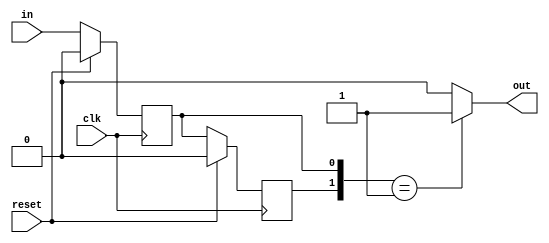
`define M     97          // M is the degree of the irreducible polynomial
`define WIDTH (2*`M-1)    // width for a GF(3^M) element
`define W2    (4*`M-1)    // width for a GF(3^{2*M}) element
`define W3    (6*`M-1)    // width for a GF(3^{3*M}) element
`define W6    (12*`M-1)   // width for a GF(3^{6*M}) element
`define PX    196'h4000000000000000000000000000000000000000001000002 // PX is the irreducible polynomial
`define ZERO {(2*`M){1'b0}}
`define TWO {(2*`M-2){1'b0}},2'b10
`define MOST 2*`M+1:2*`M

module func6(clk, reset, in, out);
    input clk, reset, in;
    output out;
    reg reg1, reg2;
    always @ (posedge clk)
        if (reset)
          begin
            reg1 <= 0; reg2 <= 0;
          end
        else
          begin
            reg2 <= reg1; reg1 <= in;
          end
    assign out = {reg2,reg1}==2'b01 ? 1 : 0;
endmodule